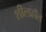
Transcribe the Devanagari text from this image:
शील्डहॉल